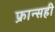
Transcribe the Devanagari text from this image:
फ्रान्सही